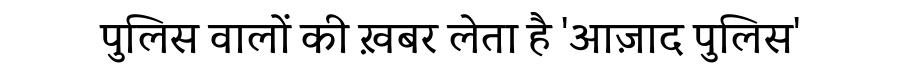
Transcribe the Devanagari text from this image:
पुलिस वालों की ख़बर लेता है 'आज़ाद पुलिस'